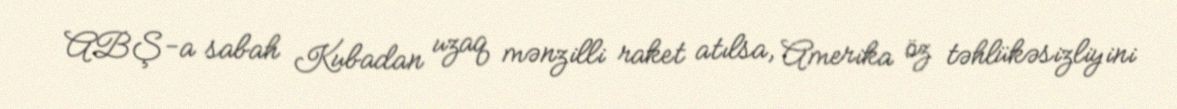
ABŞ-a sabah Kubadan uzaq mənzilli raket atılsa, Amerika öz təhlükəsizliyini